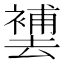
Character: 𱑮